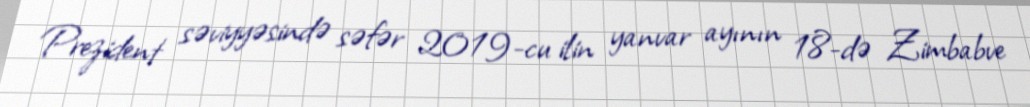
Prezident səviyyəsində səfər 2019-cu ilin yanvar ayının 18-də Zimbabve